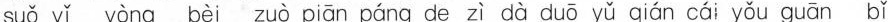
suǒ yǐ yòng bèi zuò piān páng de zì dà duō yǔ qián cái yǒu guān bǐ